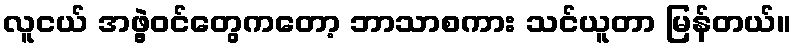
လူငယ် အဖွဲ့ဝင်တွေကတော့ ဘာသာစကား သင်ယူတာ မြန်တယ်။